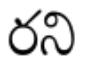
రని